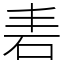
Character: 砉